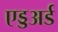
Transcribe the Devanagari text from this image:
एड्डअर्ड